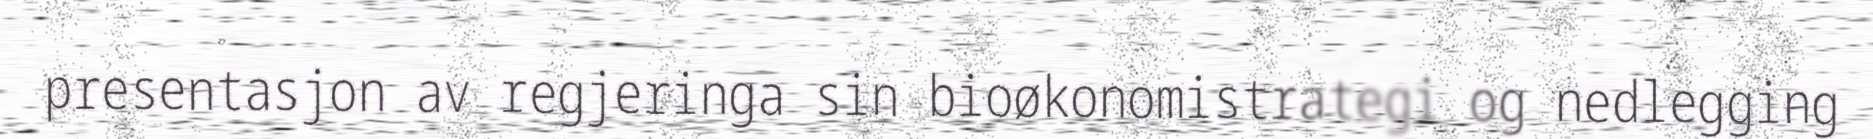
presentasjon av regjeringa sin bioøkonomistrategi og nedlegging